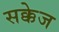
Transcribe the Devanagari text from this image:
सक्केज